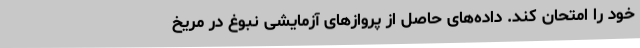
خود را امتحان کند. داده‌های حاصل از پروازهای آزمایشی نبوغ در مریخ